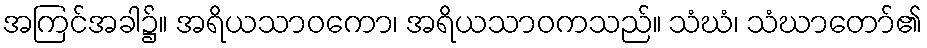
အကြင်အခါ၌။ အရိယသာဝကော၊ အရိယသာဝကသည်။ သံဃံ၊ သံဃာတော်၏